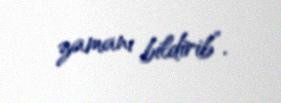
zamanı bildirib”.